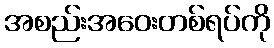
အစည်းအဝေးတစ်ရပ်ကို